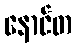
နောင်တ